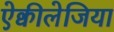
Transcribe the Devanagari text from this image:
ऐक्वीलेजिया